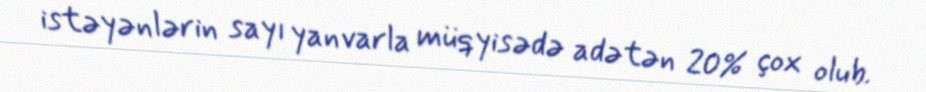
istəyənlərin sayı yanvarla müqyisədə adətən 20% çox olub.